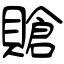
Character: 賶